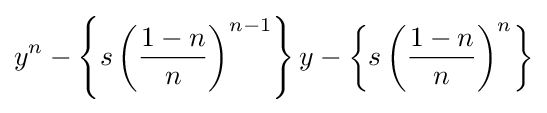
y^{n}-\left\{s\left({\frac {1-n}{n}}\right)^{n-1}\right\}y-\left\{s\left({\frac {1-n}{n}}\right)^{n}\right\}